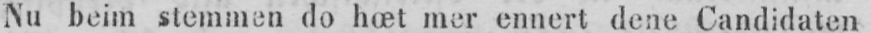
Nu beim stemmen do hœt mer ennert dene Candidaten